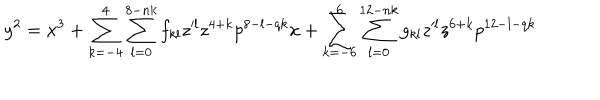
LaTeX: y ^ { 2 } = x ^ { 3 } + \sum _ { k = - 4 } ^ { 4 } \sum _ { l = 0 } ^ { 8 - n k } f _ { k l } z ^ { \prime l } z ^ { 4 + k } p ^ { 8 - l - q k } x + \sum _ { k = - 6 } ^ { 6 } \sum _ { l = 0 } ^ { 1 2 - n k } g _ { k l } z ^ { \prime l } z ^ { 6 + k } p ^ { 1 2 - l - q k }